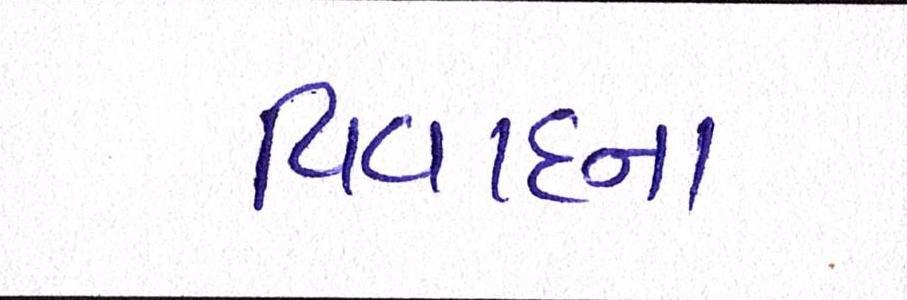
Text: વિવાદના